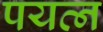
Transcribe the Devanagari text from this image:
पयत्न